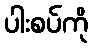
ပါးစပ်ကို